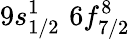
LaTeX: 9s_{1/2}^{1}\, \, 6f_{7/2}^{8}